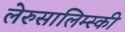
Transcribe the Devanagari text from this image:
लेरुसालिम्स्की